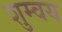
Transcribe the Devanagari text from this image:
शुम्वय